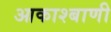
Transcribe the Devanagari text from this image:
आकाश्बाणी